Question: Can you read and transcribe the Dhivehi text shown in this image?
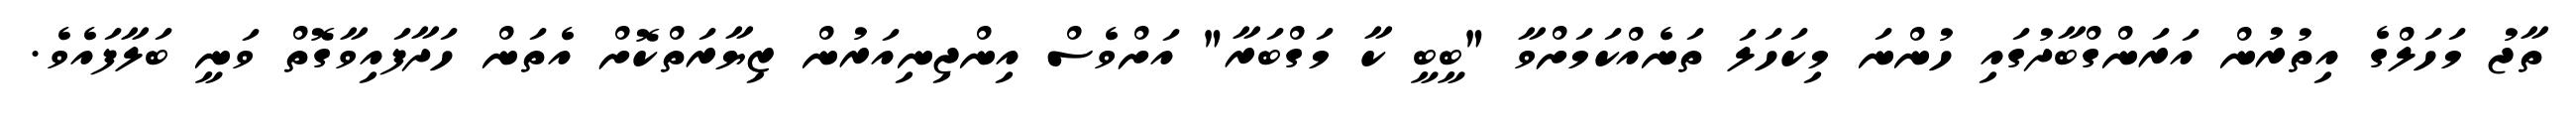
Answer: ތާޖު މަހަލްގެ އިތުރުން އަރަންގްބާދުގައި ހުންނަ މިކަހަލަ ތަނެއްކަމަށްވާ "ބީބީ ކާ މަގްބަރާ" އަށްވެސް އިންޖިނިއަރުން ޒިޔާރަތްކޮށް އެތަން ހަދާފައިވާގޮތް ވަނީ ބަލާފައެވެ.